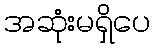
အဆုံးမရှိပေ